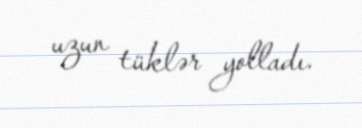
uzun tüklər yolladı.